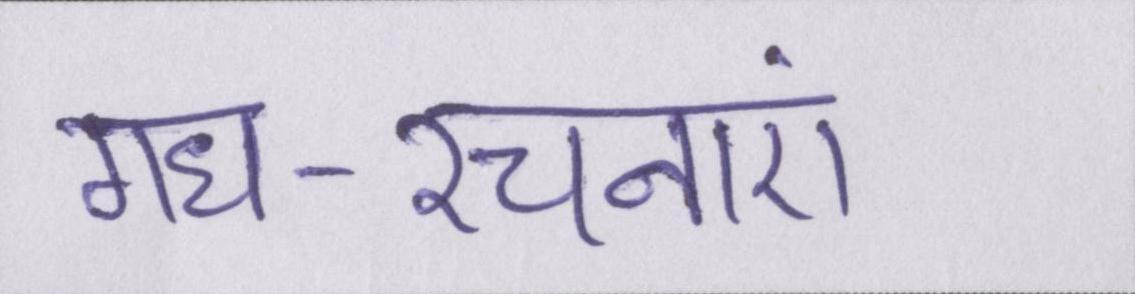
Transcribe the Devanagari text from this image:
गध-रचनाएं